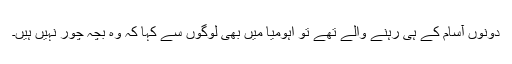
دونوں آسام کے ہی رہنے والے تھے تو اہومیا میں بھی لوگوں سے کہا کہ وہ بچہ چور نہیں ہیں۔